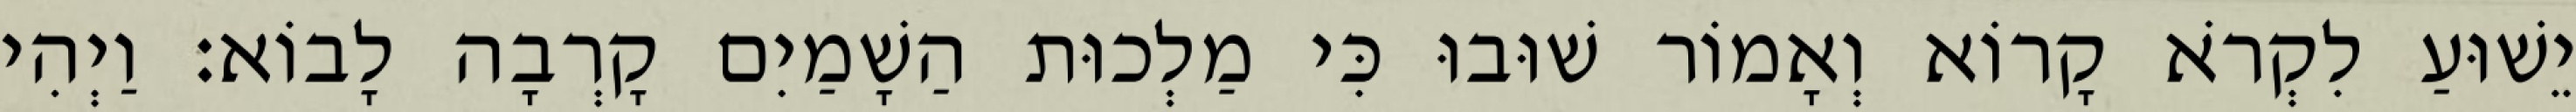
יֵשׁוּעַ לִקְרֹא קָרוֹא וְאָמוֹר שׁוּבוּ כִּי מַלְכוּת הַשָׁמַיִם קָרְבָה לָבוֹא׃ וַיְהִי